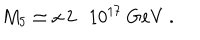
M _ { 5 } \simeq x \, 2 \cdot 1 0 ^ { 1 7 } \mathrm { ~ G e V } \; .